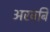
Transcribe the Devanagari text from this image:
अरवबि